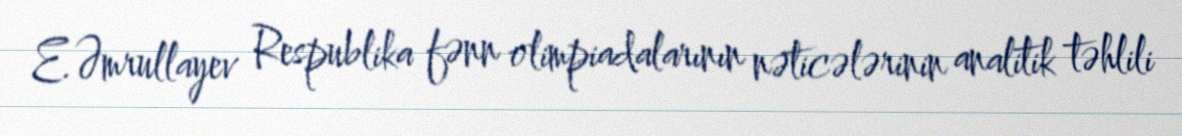
E.Əmrullayev Respublika fənn olimpiadalarının nəticələrinin analitik təhlili